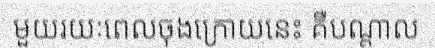
មួយរយៈពេលចុងក្រោយនេះ គឺបណ្តាល